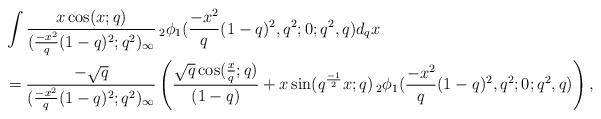
LaTeX: \begin{align*} &\int \dfrac{x \cos(x;q) }{( \frac{-x^2}{q}(1-q)^2;q^2)_\infty}\,_2\phi_1(\frac{-x^2}{q} (1-q)^2,q^2;0;q^2,q)d_qx \\&= \frac{-\sqrt{q}}{(\frac{-x^2}{q}(1-q)^2;q^2)_\infty}\left(\dfrac{ \sqrt{q} \cos(\frac{x}{q};q)}{ (1-q)}+ x \sin(q^{\frac{-1}{2}}x;q) \,_2\phi_1(\frac{-x^2}{q} (1-q)^2,q^2;0;q^2,q)\right), \end{align*}